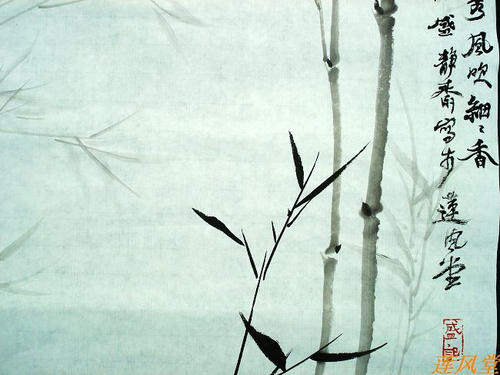
雨洗娟娟净，风吹细细香。